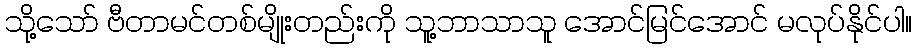
သို့သော် ဗီတာမင်တစ်မျိုးတည်းကို သူ့ဘာသာသူ အောင်မြင်အောင် မလုပ်နိုင်ပါ။